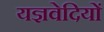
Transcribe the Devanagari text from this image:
यज्ञवेदियों